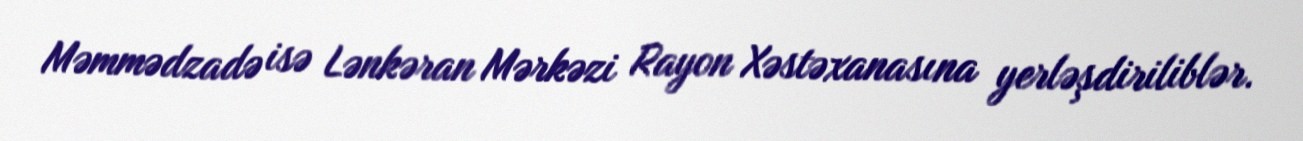
Məmmədzadə isə Lənkəran Mərkəzi Rayon Xəstəxanasına yerləşdiriliblər.